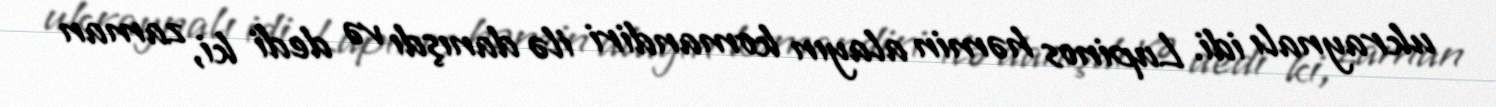
ukraynalı idi. Lupinos həmin alayın komandiri ilə danışdı və dedi ki, zaman